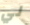
لي